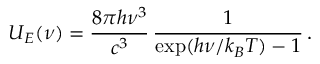
U _ { E } ( \nu ) = \frac { 8 \pi h \nu ^ { 3 } } { c ^ { 3 } } \, \frac { 1 } { \exp ( h \nu / k _ { B } T ) - 1 } \, .